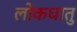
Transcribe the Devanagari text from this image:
लोकधातु